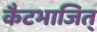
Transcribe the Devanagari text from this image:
कैटभाजित्